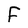
Character: F